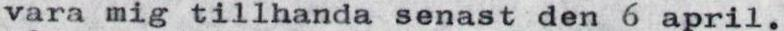
vara mig tillhanda senast den 6 april.